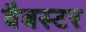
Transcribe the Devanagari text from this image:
वैबस्टर